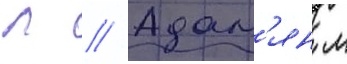
Л // Адам'ян л